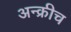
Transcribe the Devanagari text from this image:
अन्क्रीच